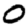
Digit: 0